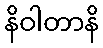
နိဝါတာနိ